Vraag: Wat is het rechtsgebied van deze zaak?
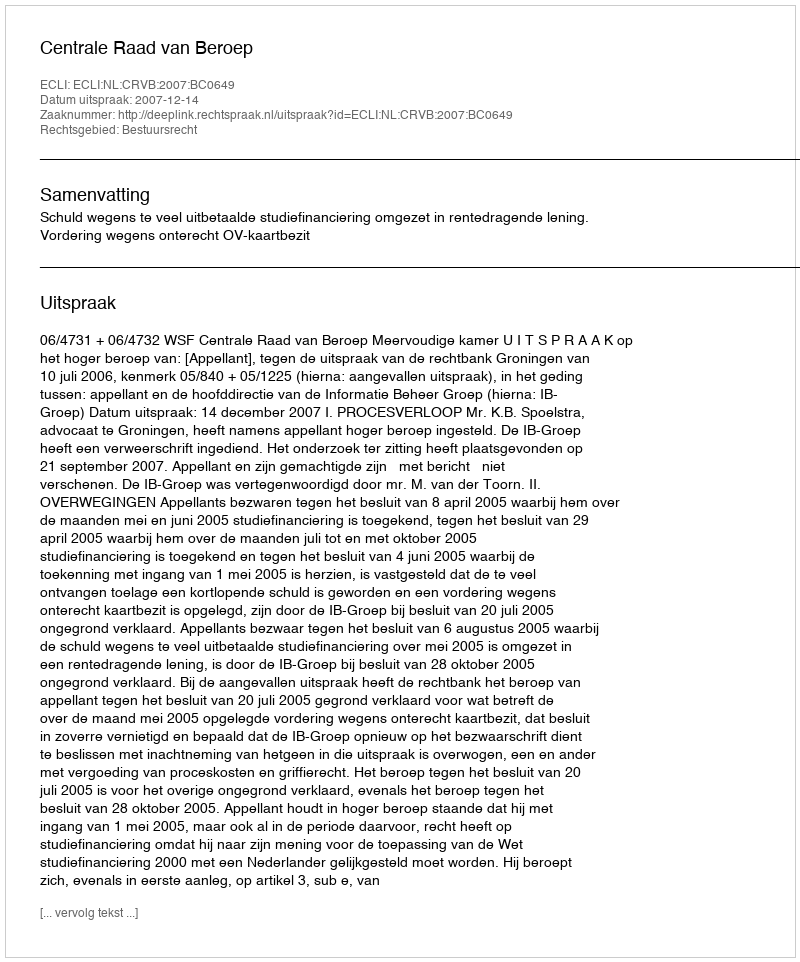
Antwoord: Bestuursrecht